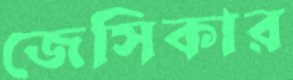
জেসিকার